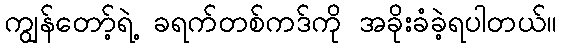
ကျွန်တော့်ရဲ့ ခရက်တစ်ကဒ်ကို အခိုးခံခဲ့ရပါတယ်။